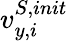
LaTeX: {v}_{y,i}^{S,init}